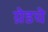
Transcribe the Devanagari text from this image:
ग्रेडचे